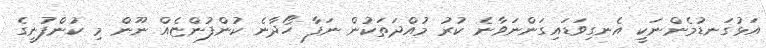
އަޅުގަނޑުމެންނަކީ އެނގިވަޑައިގަންނަވާނެ ކުރު މުއްދަތަކުން ނަފާ ހޯދާނެ ކުންފުންޏެއް ނޫން މި ކުންފުނީގެ